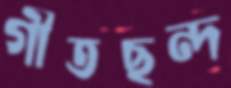
গীতছন্দ